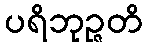
ပရိဘုဉ္ဇတိ